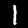
Digit: 1